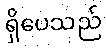
ရှိပေသည်